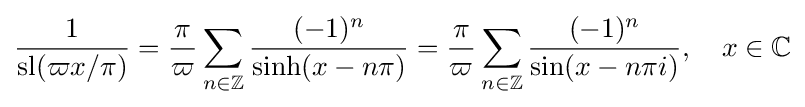
{\frac {1}{\operatorname {sl} (\varpi x/\pi )}}={\frac {\pi }{\varpi }}\sum _{n\in \mathbb {Z} }{\frac {(-1)^{n}}{{\sinh }{\left(x-n\pi \right)}}}={\frac {\pi }{\varpi }}\sum _{n\in \mathbb {Z} }{\frac {(-1)^{n}}{\sin(x-n\pi i)}},\quad x\in \mathbb {C}